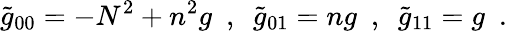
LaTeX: \tilde{g}_{00}=-N^{2}+n^{2}g\, \, \, ,\, \, \, \tilde{g}_{01}=ng\, \, \, ,\, \, \, \tilde{g}_{11}=g\, \, \, .